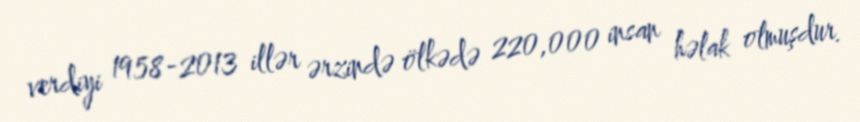
verdiyi 1958-2013 illər ərzində ölkədə 220,000 insan həlak olmuşdur.